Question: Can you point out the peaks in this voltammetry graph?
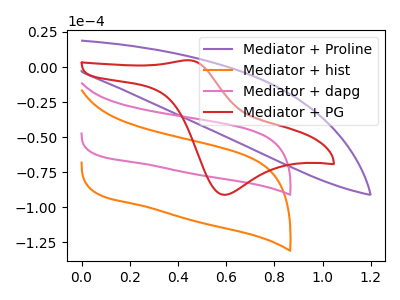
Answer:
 <answer>The purple curve "Mediator + Proline" has no peaks. The orange curve "Mediator + hist" has no peaks. The pink curve "Mediator + dapg" has no peaks. The red curve "Mediator + PG" has an anodic peak at (0.45V, 4.85uA) and a cathodic peak at (0.60V, -91.10uA).</answer>
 <eval></eval>